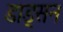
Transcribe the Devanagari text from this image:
डाड्सन